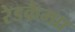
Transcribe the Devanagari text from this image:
रेडकैम्प्रा